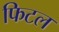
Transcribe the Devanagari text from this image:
फिटल